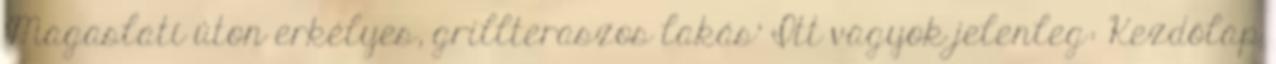
'Magaslati úton erkélyes, grillteraszos lakás' Itt vagyok jelenleg: Kezdőlap